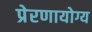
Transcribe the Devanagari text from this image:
प्रेरणायोग्य